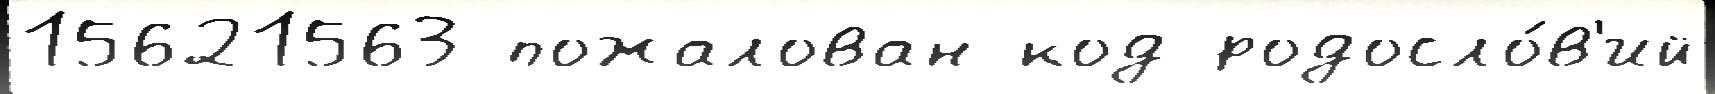
15621563 пожалован код родосло́в'ий